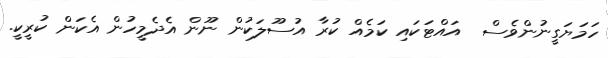
ހަމަޔަގީނުންވެސް  އައްޓަކައި ކަމެއް ކުރާ އުސޫލަކުން ނޫން އެދެމީހުން އެކަން ކުރީކީ.